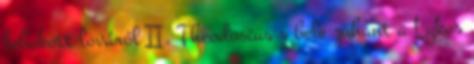
lebukott lováról II. Theodosius s bele zuhant a Lykos